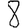
Digit: 8